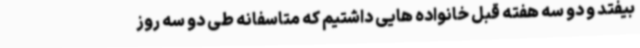
بیفتد و دو سه هفته قبل خانواده هایی داشتیم که متاسفانه طی دو سه روز